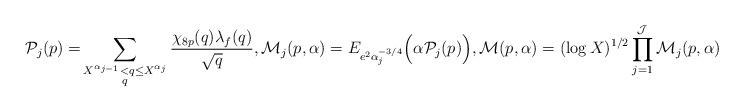
LaTeX: \begin{align*} {\mathcal P}_j(p)=& \sum_{\substack{ X^{\alpha_{j-1}} < q \leq X^{\alpha_{j}} \\ q }} \frac{\chi_{8p} (q)\lambda_f(q)}{\sqrt{q}}, {\mathcal M}_j(p, \alpha) = E_{e^2\alpha^{-3/4}_j} \Big (\alpha {\mathcal P}_j(p) \Big ), {\mathcal M}(p, \alpha)= (\log X)^{1/2}\prod^{\mathcal{J}}_{j=1} {\mathcal M}_j(p, \alpha).\end{align*}